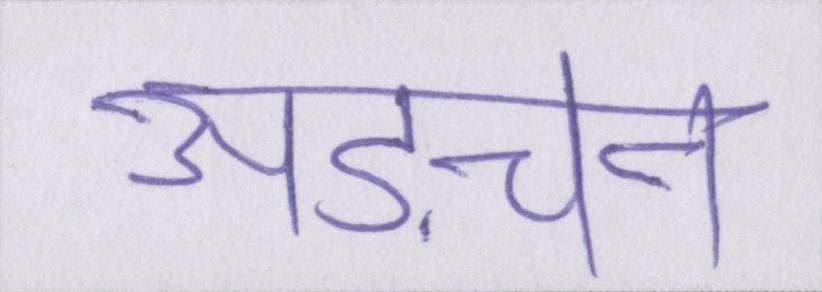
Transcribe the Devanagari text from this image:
अड़चन